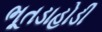
ભૂતડાહોડી